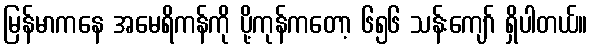
မြန်မာကနေ အမေရိကန်ကို ပို့ကုန်ကတော့ ၆၅၆ သန်းကျော် ရှိပါတယ်။